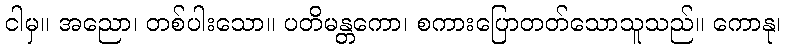
ငါမှ။ အညော၊ တစ်ပါးသော။ ပတိမန္တကော၊ စကားပြောတတ်သောသူသည်။ ကောနု၊